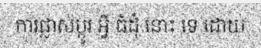
ការផ្លាស់ប្តូរ អ្វី ធំដុំ នោះ ទេ ដោយ